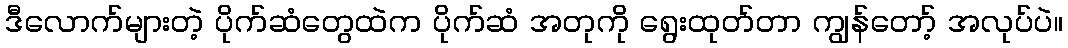
ဒီလောက်များတဲ့ ပိုက်ဆံတွေထဲက ပိုက်ဆံ အတုကို ရွေးထုတ်တာ ကျွန်တော့် အလုပ်ပဲ။